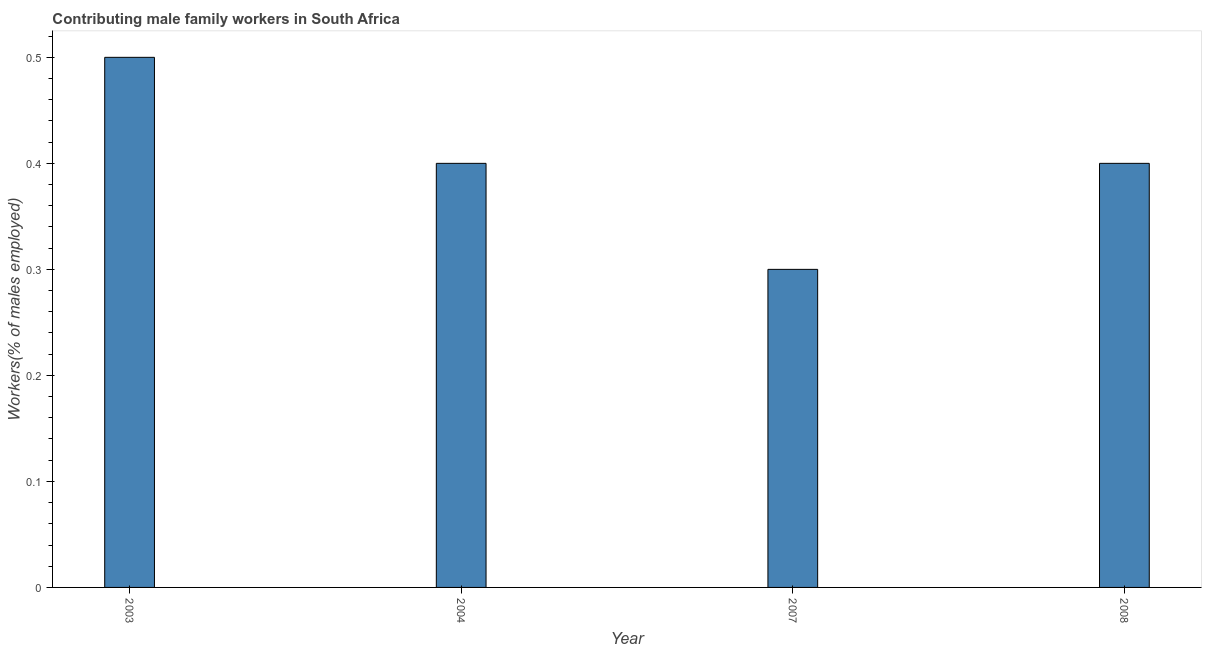
| Year | Contributing family workers |
 | --- | --- |
 | 2003 | 0.5 |
 | 2004 | 0.4 |
 | 2007 | 0.3 |
 | 2008 | 0.4 |